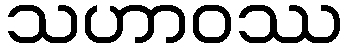
သဟာဝဿ